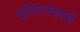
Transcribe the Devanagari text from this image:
भूमिधारकांची